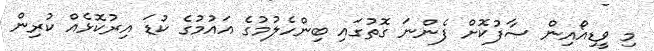
މި ވީޑިއޯއިން ސާފުކޮށް ފެންނަ ގޮތުގައި ބިންހެލުމުގެ އައުމުގެ ކުޑަ އިރުކޮޅެއް ކުރިން